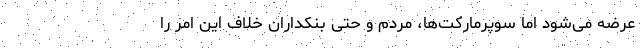
عرضه می‌شود اما سوپرمارکت‌ها، مردم و حتی بنکداران خلاف این امر را